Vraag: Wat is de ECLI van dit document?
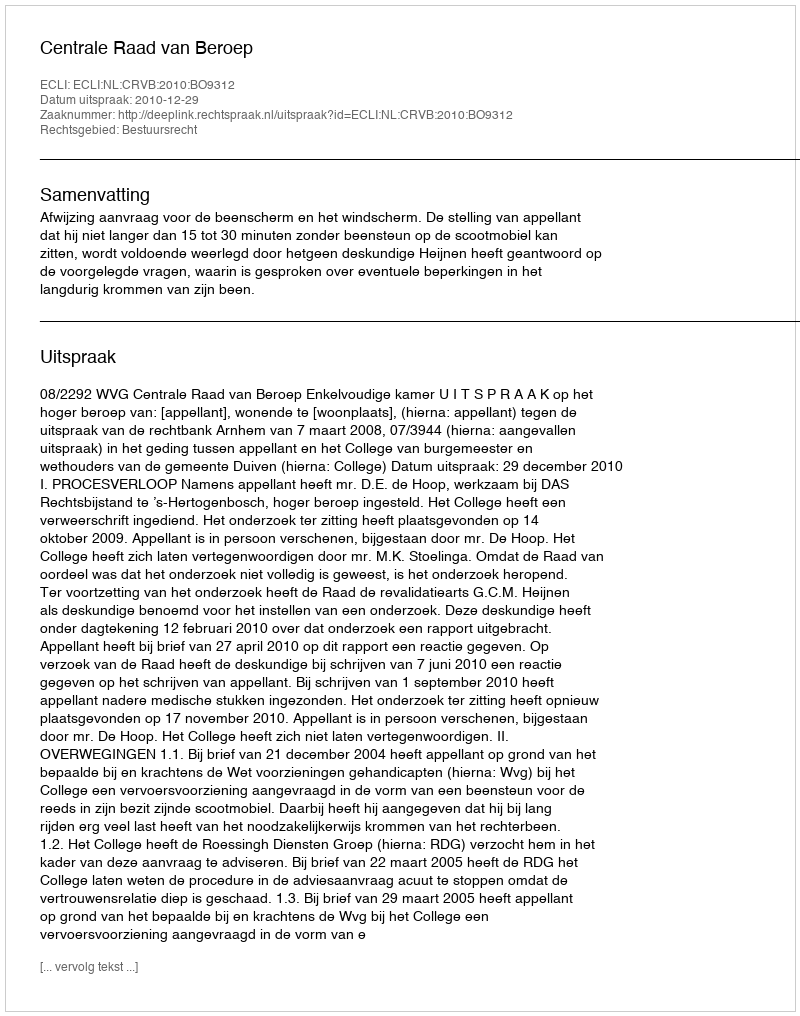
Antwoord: ECLI:NL:CRVB:2010:BO9312